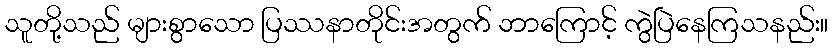
သူတို့သည် များစွာသော ပြဿနာတိုင်းအတွက် ဘာကြောင့် ကွဲပြဲနေကြသနည်း။